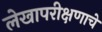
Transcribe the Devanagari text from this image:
लेखापरीक्षणाचे